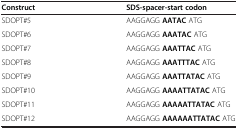
<table><thead><tr><td><b>Construct</b></td><td><b>SDS-spacer-start codon</b></td></tr></thead><tbody><tr><td>SDOPT#5</td><td>AAGGAGG <b>AATAC</b> ATG</td></tr><tr><td>SDOPT#6</td><td>AAGGAGG <b>AAATAC</b> ATG</td></tr><tr><td>SDOPT#7</td><td>AAGGAGG <b>AAATTAC</b> ATG</td></tr><tr><td>SDOPT#8</td><td>AAGGAGG <b>AAATTTAC</b> ATG</td></tr><tr><td>SDOPT#9</td><td>AAGGAGG <b>AAATTATAC</b> ATG</td></tr><tr><td>SDOPT#10</td><td>AAGGAGG <b>AAAATTATAC</b> ATG</td></tr><tr><td>SDOPT#11</td><td>AAGGAGG <b>AAAAATTATAC</b> ATG</td></tr><tr><td>SDOPT#12</td><td>AAGGAGG <b>AAAAAATTATAC</b> ATG</td></tr></tbody></table>